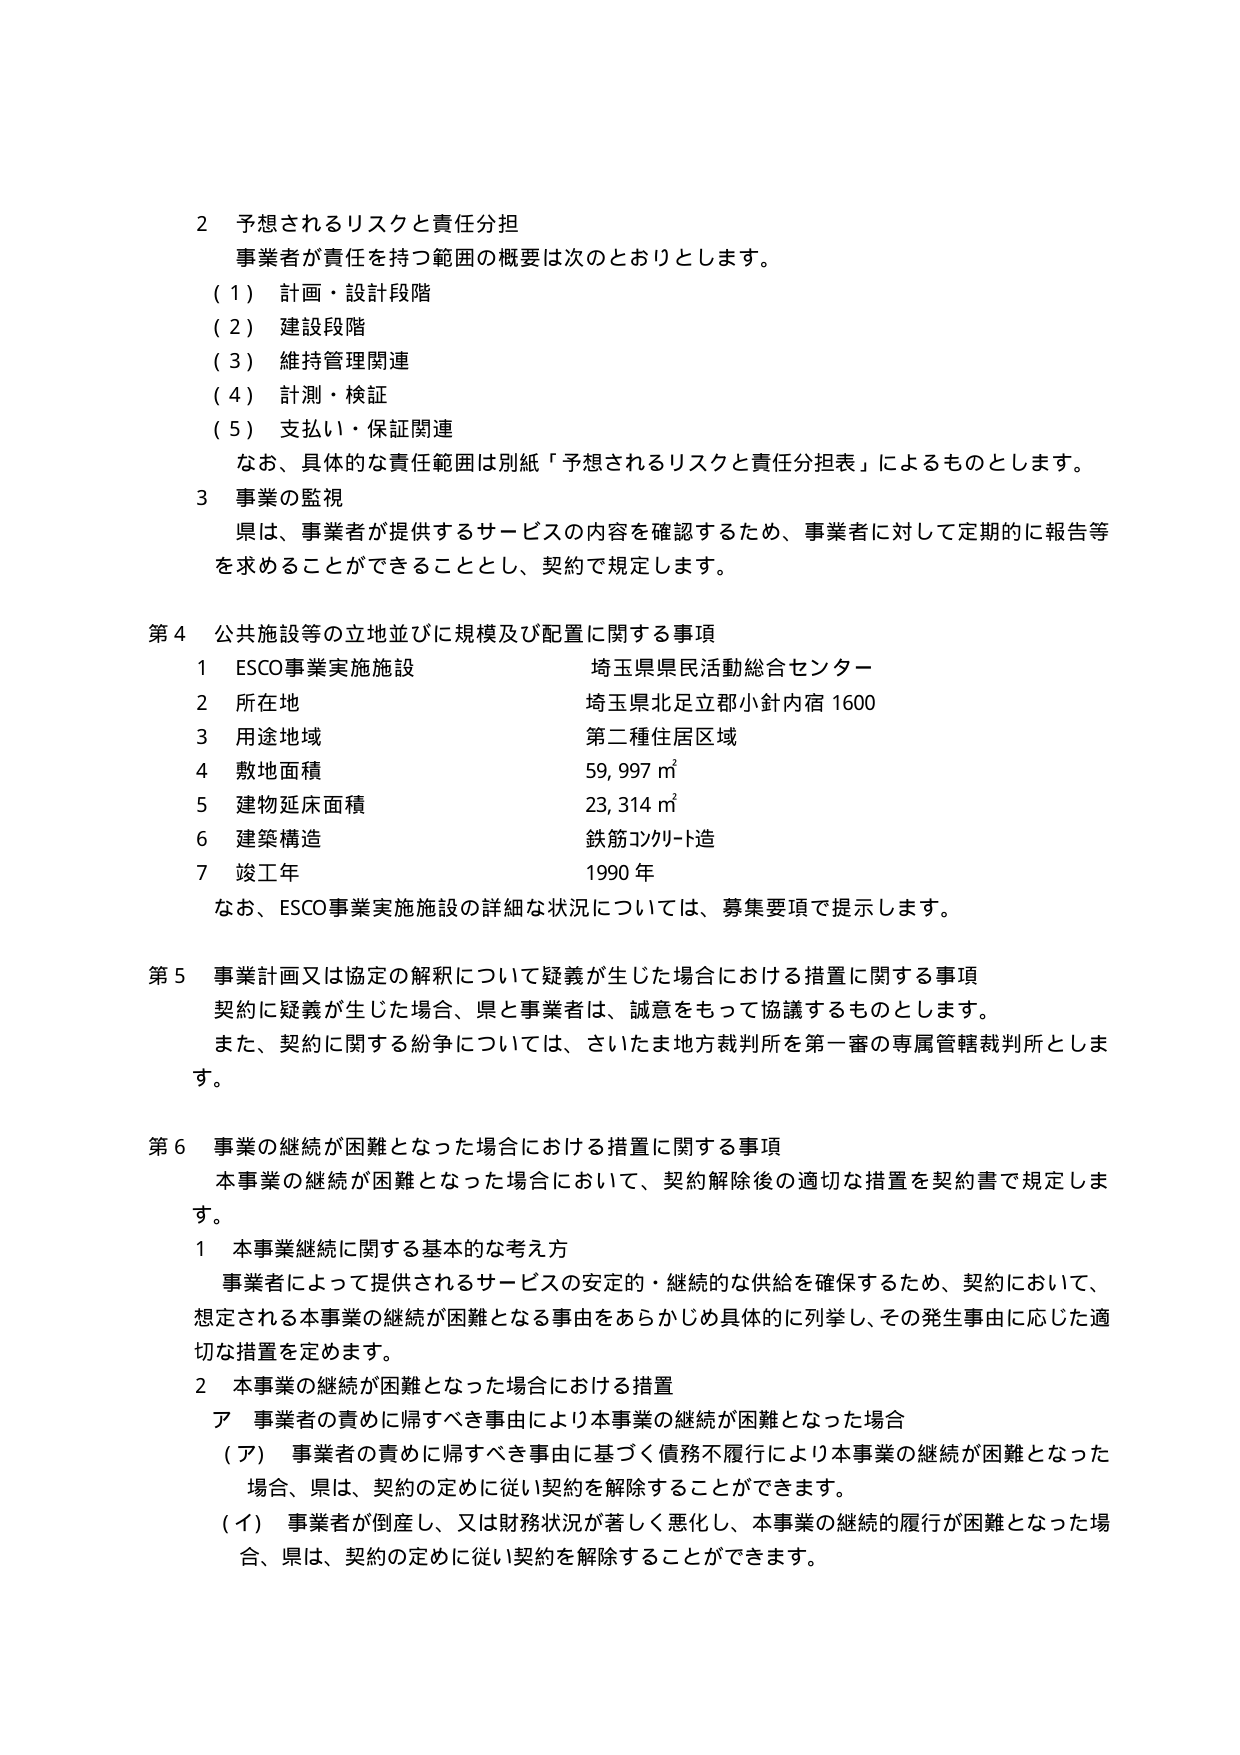
2 予想されるリスクと責任分担
事業者が責任を持つ範囲の概要は次のとおりとします。
（1） 計画・設計段階
（2） 建設段階
（3） 維持管理関連
（4） 計測・検証
（5） 支払い・保証関連
なお、具体的な責任範囲は別紙「予想されるリスクと責任分担表」によるものとします。

3 事業の監視
県は、事業者が提供するサービスの内容を確認するため、事業者に対して定期的に報告等を求めることができることとし、契約で規定します。

第4 公共施設等の立地並びに規模及び配置に関する事項
1 ESCO事業実施施設 埼玉県県民活動総合センター
2 所在地 埼玉県北足立郡小針内宿1600
3 用途地域 第二種住居区域
4 敷地面積 59,997㎡
5 建物延床面積 23,314㎡
6 建築構造 鉄筋コンクリート造
7 竣工年 1990年
なお、ESCO事業実施施設の詳細な状況については、募集要項で提示します。

第5 事業計画又は協定の解釈について疑義が生じた場合における措置に関する事項
契約に疑義が生じた場合、県と事業者は、誠意をもって協議するものとします。
また、契約に関する紛争については、さいたま地方裁判所を第一審の専属管轄裁判所とします。

第6 事業の継続が困難となった場合における措置に関する事項
本事業の継続が困難となった場合において、契約解除後の適切な措置を契約書で規定します。
1 本事業継続に関する基本的な考え方
事業者によって提供されるサービスの安定的・継続的な供給を確保するため、契約において、想定される本事業の継続が困難となる事由をあらかじめ具体的に列挙し、その発生事由に応じた適切な措置を定めます。
2 本事業の継続が困難となった場合における措置
ア 事業者の責めに帰すべき事由により本事業の継続が困難となった場合
（ア） 事業者の責めに帰すべき事由に基づく債務不履行により本事業の継続が困難となった場合、県は、契約の定めに従い契約を解除することができます。
（イ） 事業者が倒産し、又は財務状況が著しく悪化し、本事業の継続的履行が困難となった場合、県は、契約の定めに従い契約を解除することができます。